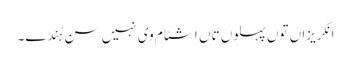
انگریزاں توں پہلوں تاں اشٹام وی نہیں سن ہُندے۔